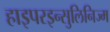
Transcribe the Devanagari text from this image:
हाइपरइन्सुलिनिज्म